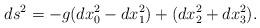
LaTeX: \begin{align*}ds^2=-g(dx_0^2-dx_1^2)+(dx_2^2+dx_3^2).\end{align*}